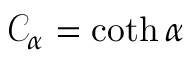
\mathcal { C } _ { \alpha } = \coth \alpha